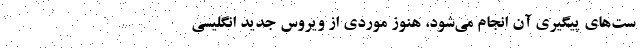
ست‌‌های پیگیری آن انجام می‌‌شود، هنوز موردی از ویروس جدید انگلیسی